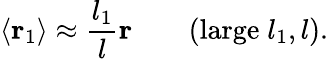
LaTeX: \langle{\mathbf r}_{1}\rangle\approx{\frac{l_{1}}{l}}{\mathbf r}\qquad(\mathrm{large}\; l_{1},l).